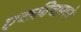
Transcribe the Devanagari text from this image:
एकविचाराने